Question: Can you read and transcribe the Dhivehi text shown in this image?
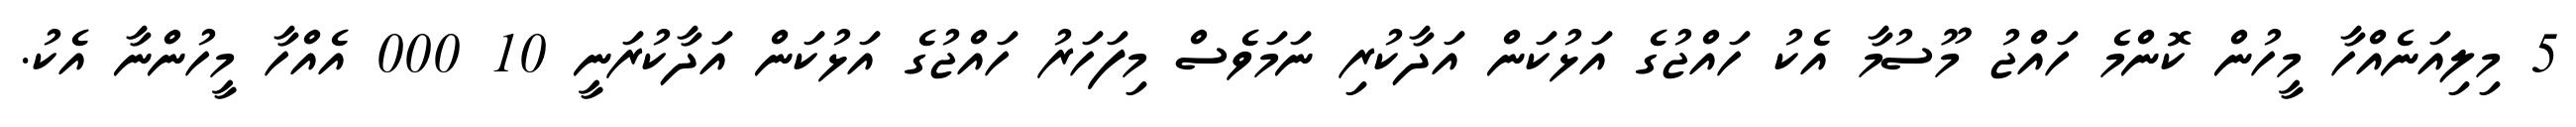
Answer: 5 މިލިއަނެއްހާ މީހުން ކޮންމެ ހައްޖު މޫސުމާ އެކު ހައްޖުގެ އަޅުކަން އަދާކުރި ނަމަވެސް މިފަހަރު ހައްޖުގެ އަޅުކަން އަދާކުރަނީ 10 000 އެއްހާ މީހުންނާ އެކު.